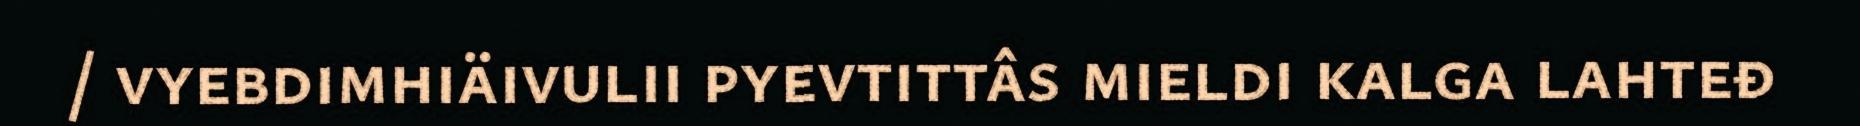
/ vyebdimhiäivulii pyevtittâs mieldi kalga lahteđ